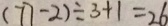
( 7 7 - 2 ) \div 3 + 1 = 2 6